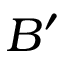
B ^ { \prime }